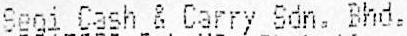
SEGI CASH & CARRY SDN. BHD.